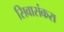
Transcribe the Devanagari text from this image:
सिवासंकरा